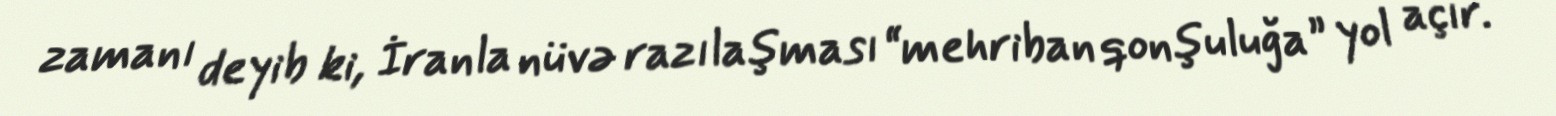
zamanı deyib ki, İranla nüvə razılaşması “mehriban qonşuluğa” yol açır.